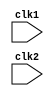
`timescale 1ns / 1ps
//////////////////////////////////////////////////////////////////////////////////
// Company: 
// Engineer: 
// 
// Design Name: 
// Module Name: pipe_MIPS32
// Project Name: 
// Target Devices: 
// Tool Versions: 
// Description: 
// 
// Dependencies: 
// 
// Revision:
// Revision 0.01 - File Created
// Additional Comments:
// 
//////////////////////////////////////////////////////////////////////////////////


module pipe_MIPS32(input clk1,input clk2);
    reg [31:0] PC, IF_ID_IR, IF_ID_NPC;
    reg [31:0] ID_EX_IR,ID_EX_NPC, ID_EX_A, ID_EX_B, ID_EX_Imm;   
    reg [2:0] ID_EX_type, EX_MEM_type, MEM_WB_type;
    reg [31:0] EX_MEM_IR, EX_MEM_ALUOut , EX_MEM_B;
    reg EX_MEM_cond;
    reg [31:0] MEM_WB_IR, MEM_WB_ALUOut, MEM_WB_LMD;
    
    reg [31:0] Reg [0:31];        //register bank (32x32)
    reg [31:0] Mem [0:1023];      //1024x32 memory 
    
    parameter ADD=6'b000000, SUB=6'b000001, AND=6'b000010, OR=6'b000011,
                SLT=6'b000100,MUL=6'b000101,HLT=6'b111111,LW=6'b001000,
                SW=6'b001001,ADDI=6'b001010,SUBI=6'b001011,SLTI=6'b001100,
                BNEQZ=6'b001101,BEQZ=6'b001110;
    parameter RR_ALU=3'b000,RM_ALU=3'b001,LOAD=3'b010,STORE=3'b011,
                BRANCH=3'b100,HALT=3'b101;
    reg HALTED; //set after HLT instruction is completed in WB stage
    reg TAKEN_BRANCH; //required to disable instructions after branch
    always @(posedge clk1)      //IF Stage
        if (HALTED==0)
        begin
            if(((EX_MEM_IR[31:26]==BEQZ) && (EX_MEM_cond == 1)) || 
                ((EX_MEM_IR[31:26]==BNEQZ) && (EX_MEM_cond ==0)))
            begin
                IF_ID_IR <= #2 Mem[EX_MEM_ALUOut];
                TAKEN_BRANCH <= #2 1'b1;
                IF_ID_NPC <= #2 EX_MEM_ALUOut + 1;
                PC <= EX_MEM_ALUOut+1;
            end
         else
            begin 
                IF_ID_IR <= #2 Mem[PC];
                IF_ID_NPC <= #2 PC+1;
                PC <= #2 PC+1;
             end
         end
    always @(posedge clk2)      //ID stage
        if(HALTED == 0)
        begin
            if(IF_ID_IR[25:21] == 5'b00000)
                ID_EX_A <=0;
            else 
                ID_EX_A <= #2 Reg[IF_ID_IR[25:21]];
            if(IF_ID_IR[20:16] == 5'b00000)
                ID_EX_B <=0;
            else 
                ID_EX_B <= #2 Reg[IF_ID_IR[20:16]];
            
            ID_EX_NPC <= #2 IF_ID_NPC;
            ID_EX_IR <= #2 IF_ID_IR;
            ID_EX_Imm <= #2 {{16{IF_ID_IR[15]}},{IF_ID_IR[15:0]}};
            case (IF_ID_IR[31:26])
                ADD,SUB,AND,OR,SLT,MUL: ID_EX_type <= #2 RR_ALU;
                ADDI,SUBI,SLTI:         ID_EX_type <= #2 RM_ALU;
                LW: ID_EX_type <= #2 LOAD;
                SW: ID_EX_type <= #2 STORE;
                BNEQZ,BEQZ: ID_EX_type <= #2 BRANCH;
                HLT: ID_EX_type <= #2 HALT;
                default: ID_EX_type <= #2 HALT;     //invalid opcode
            endcase
        end
    always @(posedge clk1)      //EX stage
        if(HALTED==0)
        begin
            EX_MEM_type <= #2 ID_EX_type;
            EX_MEM_IR <= #2 ID_EX_IR;
            TAKEN_BRANCH <= #2 0;
            
            case  (ID_EX_type)
                RR_ALU: begin
                            case(ID_EX_IR[31:26])    //OPCODE
                                ADD: EX_MEM_ALUOut <= #2 ID_EX_A + ID_EX_B;
                                SUB: EX_MEM_ALUOut <= #2 ID_EX_A - ID_EX_B;
                                AND: EX_MEM_ALUOut <= #2 ID_EX_A & ID_EX_B;
                                OR: EX_MEM_ALUOut <= #2 ID_EX_A | ID_EX_B;
                                SLT: EX_MEM_ALUOut <= #2 ID_EX_A < ID_EX_B;
                                MUL: EX_MEM_ALUOut <= #2 ID_EX_A * ID_EX_B;
                                default: EX_MEM_ALUOut <= #2 32'hxxxxxxxx;
                            endcase
                        end
                RM_ALU: begin
                            case (ID_EX_IR[31:26])
                                ADDI: EX_MEM_ALUOut <= #2 ID_EX_A + ID_EX_Imm;
                                SUBI: EX_MEM_ALUOut <= #2 ID_EX_A - ID_EX_Imm;
                                SLTI: EX_MEM_ALUOut <= #2 ID_EX_A < ID_EX_Imm;
                                default:  EX_MEM_ALUOut <= #2 32'hxxxxxxxx;
                            endcase
                        end
                LOAD,STORE:
                    begin
                        EX_MEM_ALUOut <= #2 ID_EX_A + ID_EX_Imm;
                        EX_MEM_B <= #2 ID_EX_B;
                    end
                BRANCH: 
                    begin
                        EX_MEM_ALUOut <= #2 ID_EX_NPC + ID_EX_Imm;
                        EX_MEM_B <= #2 (ID_EX_A == 0);
                    end
            endcase
        end           
    always @(posedge clk2)      //MEM stage
        if(HALTED == 0)
        begin
            MEM_WB_type <= #2 EX_MEM_type;
            MEM_WB_IR <= #2 EX_MEM_IR;
            
            case(EX_MEM_type)
                RR_ALU, RM_ALU: MEM_WB_ALUOut <= #2 EX_MEM_ALUOut;
                LOAD:   MEM_WB_LMD <= #2 Mem[EX_MEM_ALUOut];
                STORE:  if(TAKEN_BRANCH == 0)  //DISABLE WRITE
                            Mem[EX_MEM_ALUOut] <= #2 EX_MEM_B;
            endcase
        end                    
    always @(posedge clk1)      //WB stage
        begin
        if(TAKEN_BRANCH == 0)   //disable write if branch is taken
        case(MEM_WB_type)
            RR_ALU: Reg[MEM_WB_IR[15:11]] <= #2 MEM_WB_ALUOut;  //"rd"
            RM_ALU: Reg[MEM_WB_IR[20:16]] <= #2 MEM_WB_ALUOut;  //"rt"
            LOAD: Reg[MEM_WB_IR[20:16]] <= #2 MEM_WB_LMD;       //"rt"
            HALT: HALTED <= #2 1'b1;
       endcase
       end
                                      
endmodule